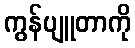
ကွန်ပျူတာကို